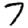
Digit: 7